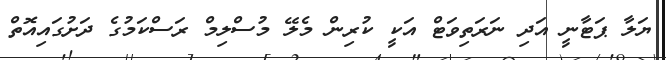
ޔަލާ ޕަޓާނީ އަދި ނަރަތިވަޓް އަކީ ކުރިން މެލޭ މުސްލިމް ރަސްކަމުގެ ދަށުގައިއޮތް